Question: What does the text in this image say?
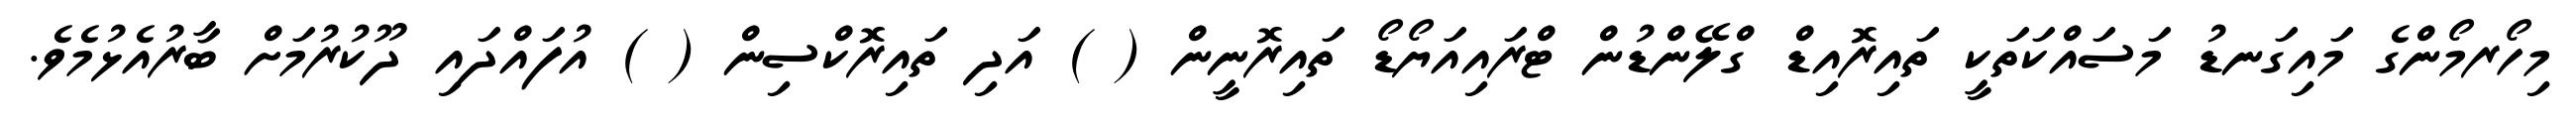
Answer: މިހޯރމޯންގެ މައިގަނޑު މަސައްކަތަކީ ތައިރޮއިޑް ގްލޭންޑުން ޓްރައިއަޔޯޑޯ ތައިރޮނީން ( ) އަދި ތައިރޮކްސިން ( ) އުފައްދައި ދޫކުރުމަށް ބާރުއެޅުމެވެ.